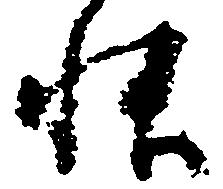
帳